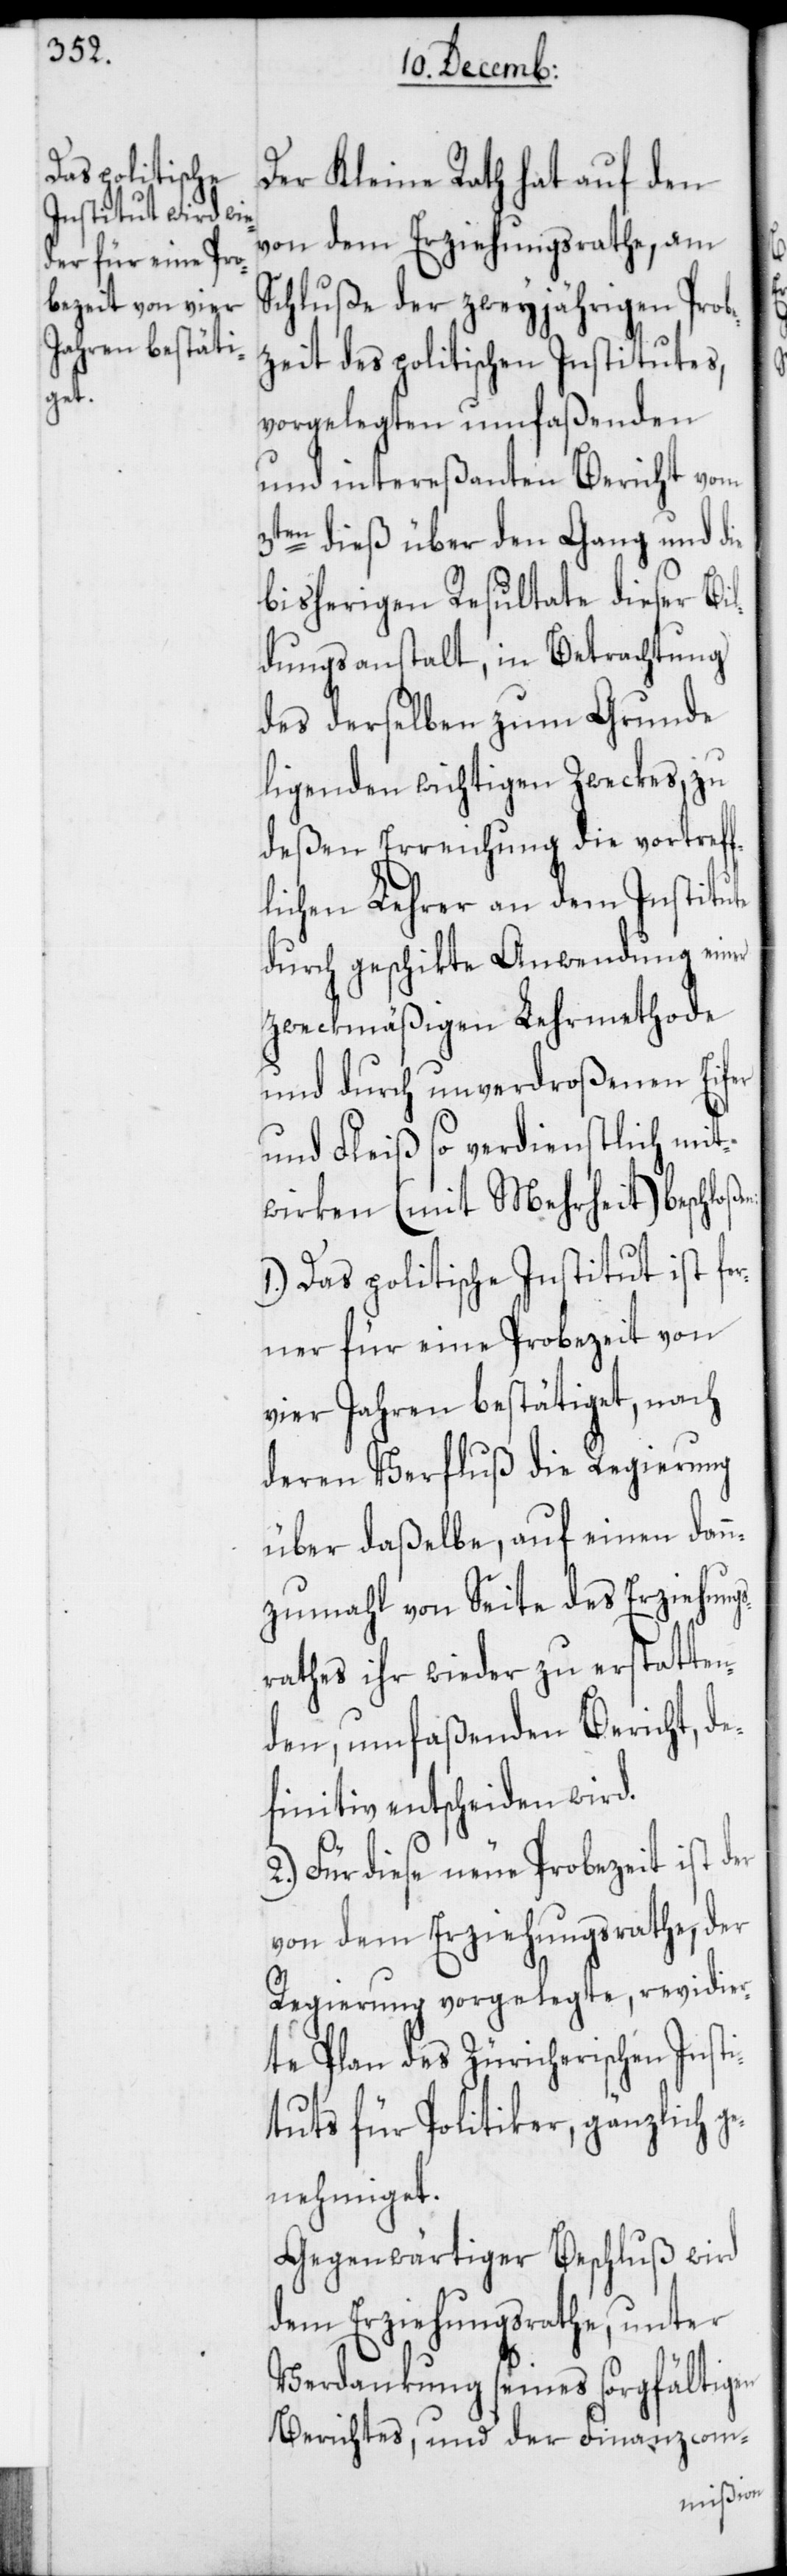
en:

Der Kleine Rath hat auf den
von dem Erziehungsrathe, am
Schluße der zweyjährigen Probe¬
zeit des politischen Institutes,
vorgelegten umfaßenden
und intereßanten Bericht vom
3ten dieß über den Gang und die
bisherigen Resultate dieser Bil¬
dungsanstalt, in Betrachtung
des derselben zum Grunde
ligenden wichtigen Zweckes, zu
deßen Erreichung die vortreff¬
lichen Lehrer an dem Institute
durch geschikte Anwendung einer
zweckmäßigen Lehrmethode
und durch unverdroßenen Eifer
und Fleiß so verdienstlich mit¬
wirken (mit Mehrheit) beschloß¬
1.) Das polititische Institut ist fer¬
ner für eine Probezeit von
vier Jahren bestätiget, nach
deren Verfluß die Regierung
über daßelbe, auf einen dan¬
nzumahl von Seite des Erziehung¬
srathes ihr wieder zu erstatten¬
den, umfaßenden Bericht, de¬
finitiv entscheiden wird.
2.) Für diese neue Probezeit ist der
von dem Erziehungsrathe, der
Regierung vorgelegte, revidier¬
te Plan des Züricherischen Inst¬
ituts für Politiker, gänzlich g¬
enehmiget.
Gegenwärtiger Beschluß wird
dem Erziehungsrathe, unter
Verdankung seines sorgfältigen
Berichtes, und der Finanzcom-